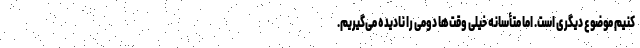
کنیم موضوع دیگری است. اما متأسانه خیلی وقت‌ها دومی را نادیده می‌گیریم.